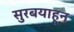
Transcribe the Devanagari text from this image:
सुरबयाहून